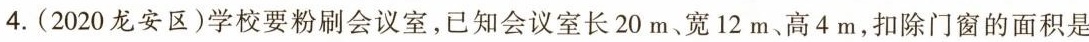
4.(2020龙安区)学校要粉刷会议室，已知会议室长20m、宽12m、高4m，扣除门窗的面积是